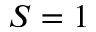
S = 1